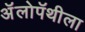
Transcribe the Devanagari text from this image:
अॅलोपॅथीला